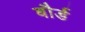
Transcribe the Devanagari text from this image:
बौर्ड